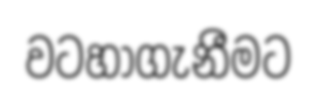
වටහාගැනීමට